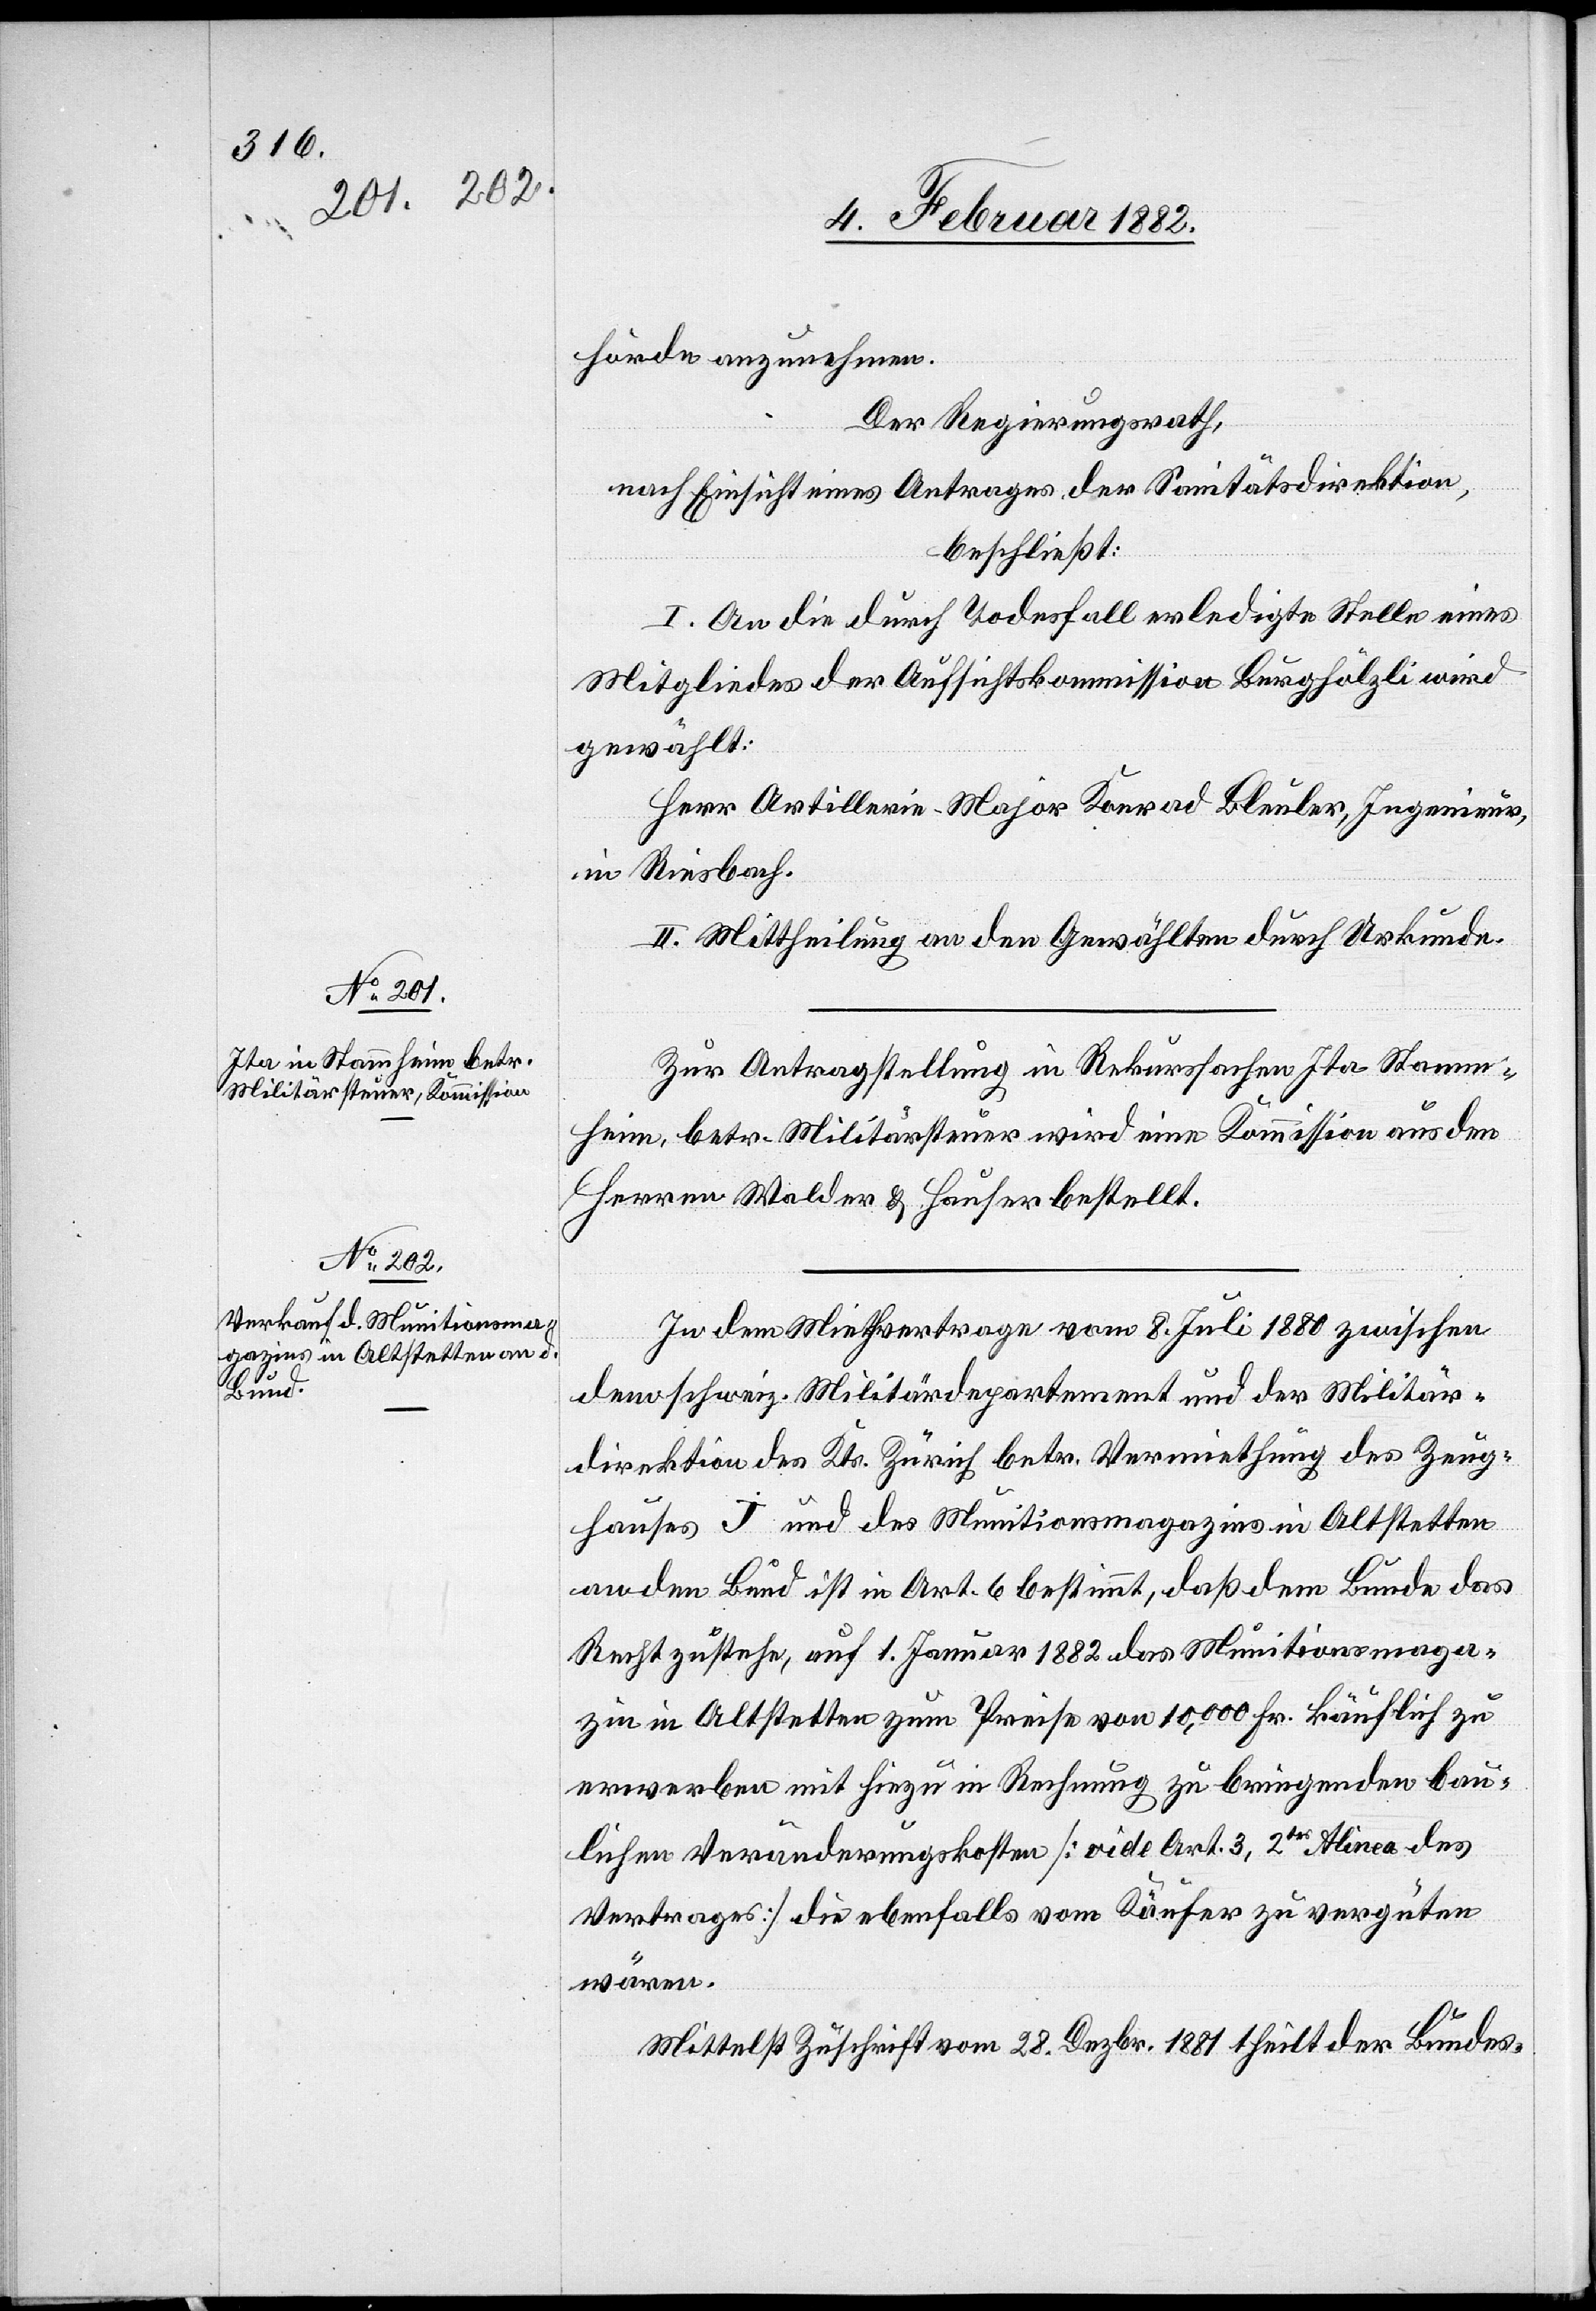
hörde anzunehmen.
Der Regierungsrath,
nach Einsicht eines Antrages der Sanitätsdirektion,
beschließt:
I. An die durch Todesfall erledigte Stelle eines
Mitgliedes der Aufsichtskommission Burghölzli wird
gewählt:
Herr Artillerie-Major Konrad Bleuler, Ingenieur,
in Riesbach.
II. Mittheilung an den Gewählten durch Urkunde.
Zur Antragstellung in Rekurssachen Ita Stamm¬
heim, betr. Militärsteuer wird eine Kommission aus den
Herren Walder & Hauser bestellt.
In dem Miethvertrage vom 8. Juli 1880 zwischen
dem schweiz. Militärsdepartement und der Militär¬
direktion des Kts. Zürich betr. Vermiethung des Zeug¬
hauses J und des Munitionsmagazines in Altstetten
an den Bund ist in Art. 6 bestimmt, daß dem Bunde das
Recht zusteht, auf 1. Januar 1882 das Munitionsmaga¬
zin in Altstetten zum Preise von 10,000 Fr. käuflich zu
erwerben mit hiezu in Rechnung zu bringenden bau¬
lichen Veränderungskosten [vide Art. 3, 2tes Alinea des
Vertrages] die ebenfalls vom Käufer zu vergüten
wären.
Mittelst Zuschrift vom 28. Dezbr. 1881 theilt der Bundes-